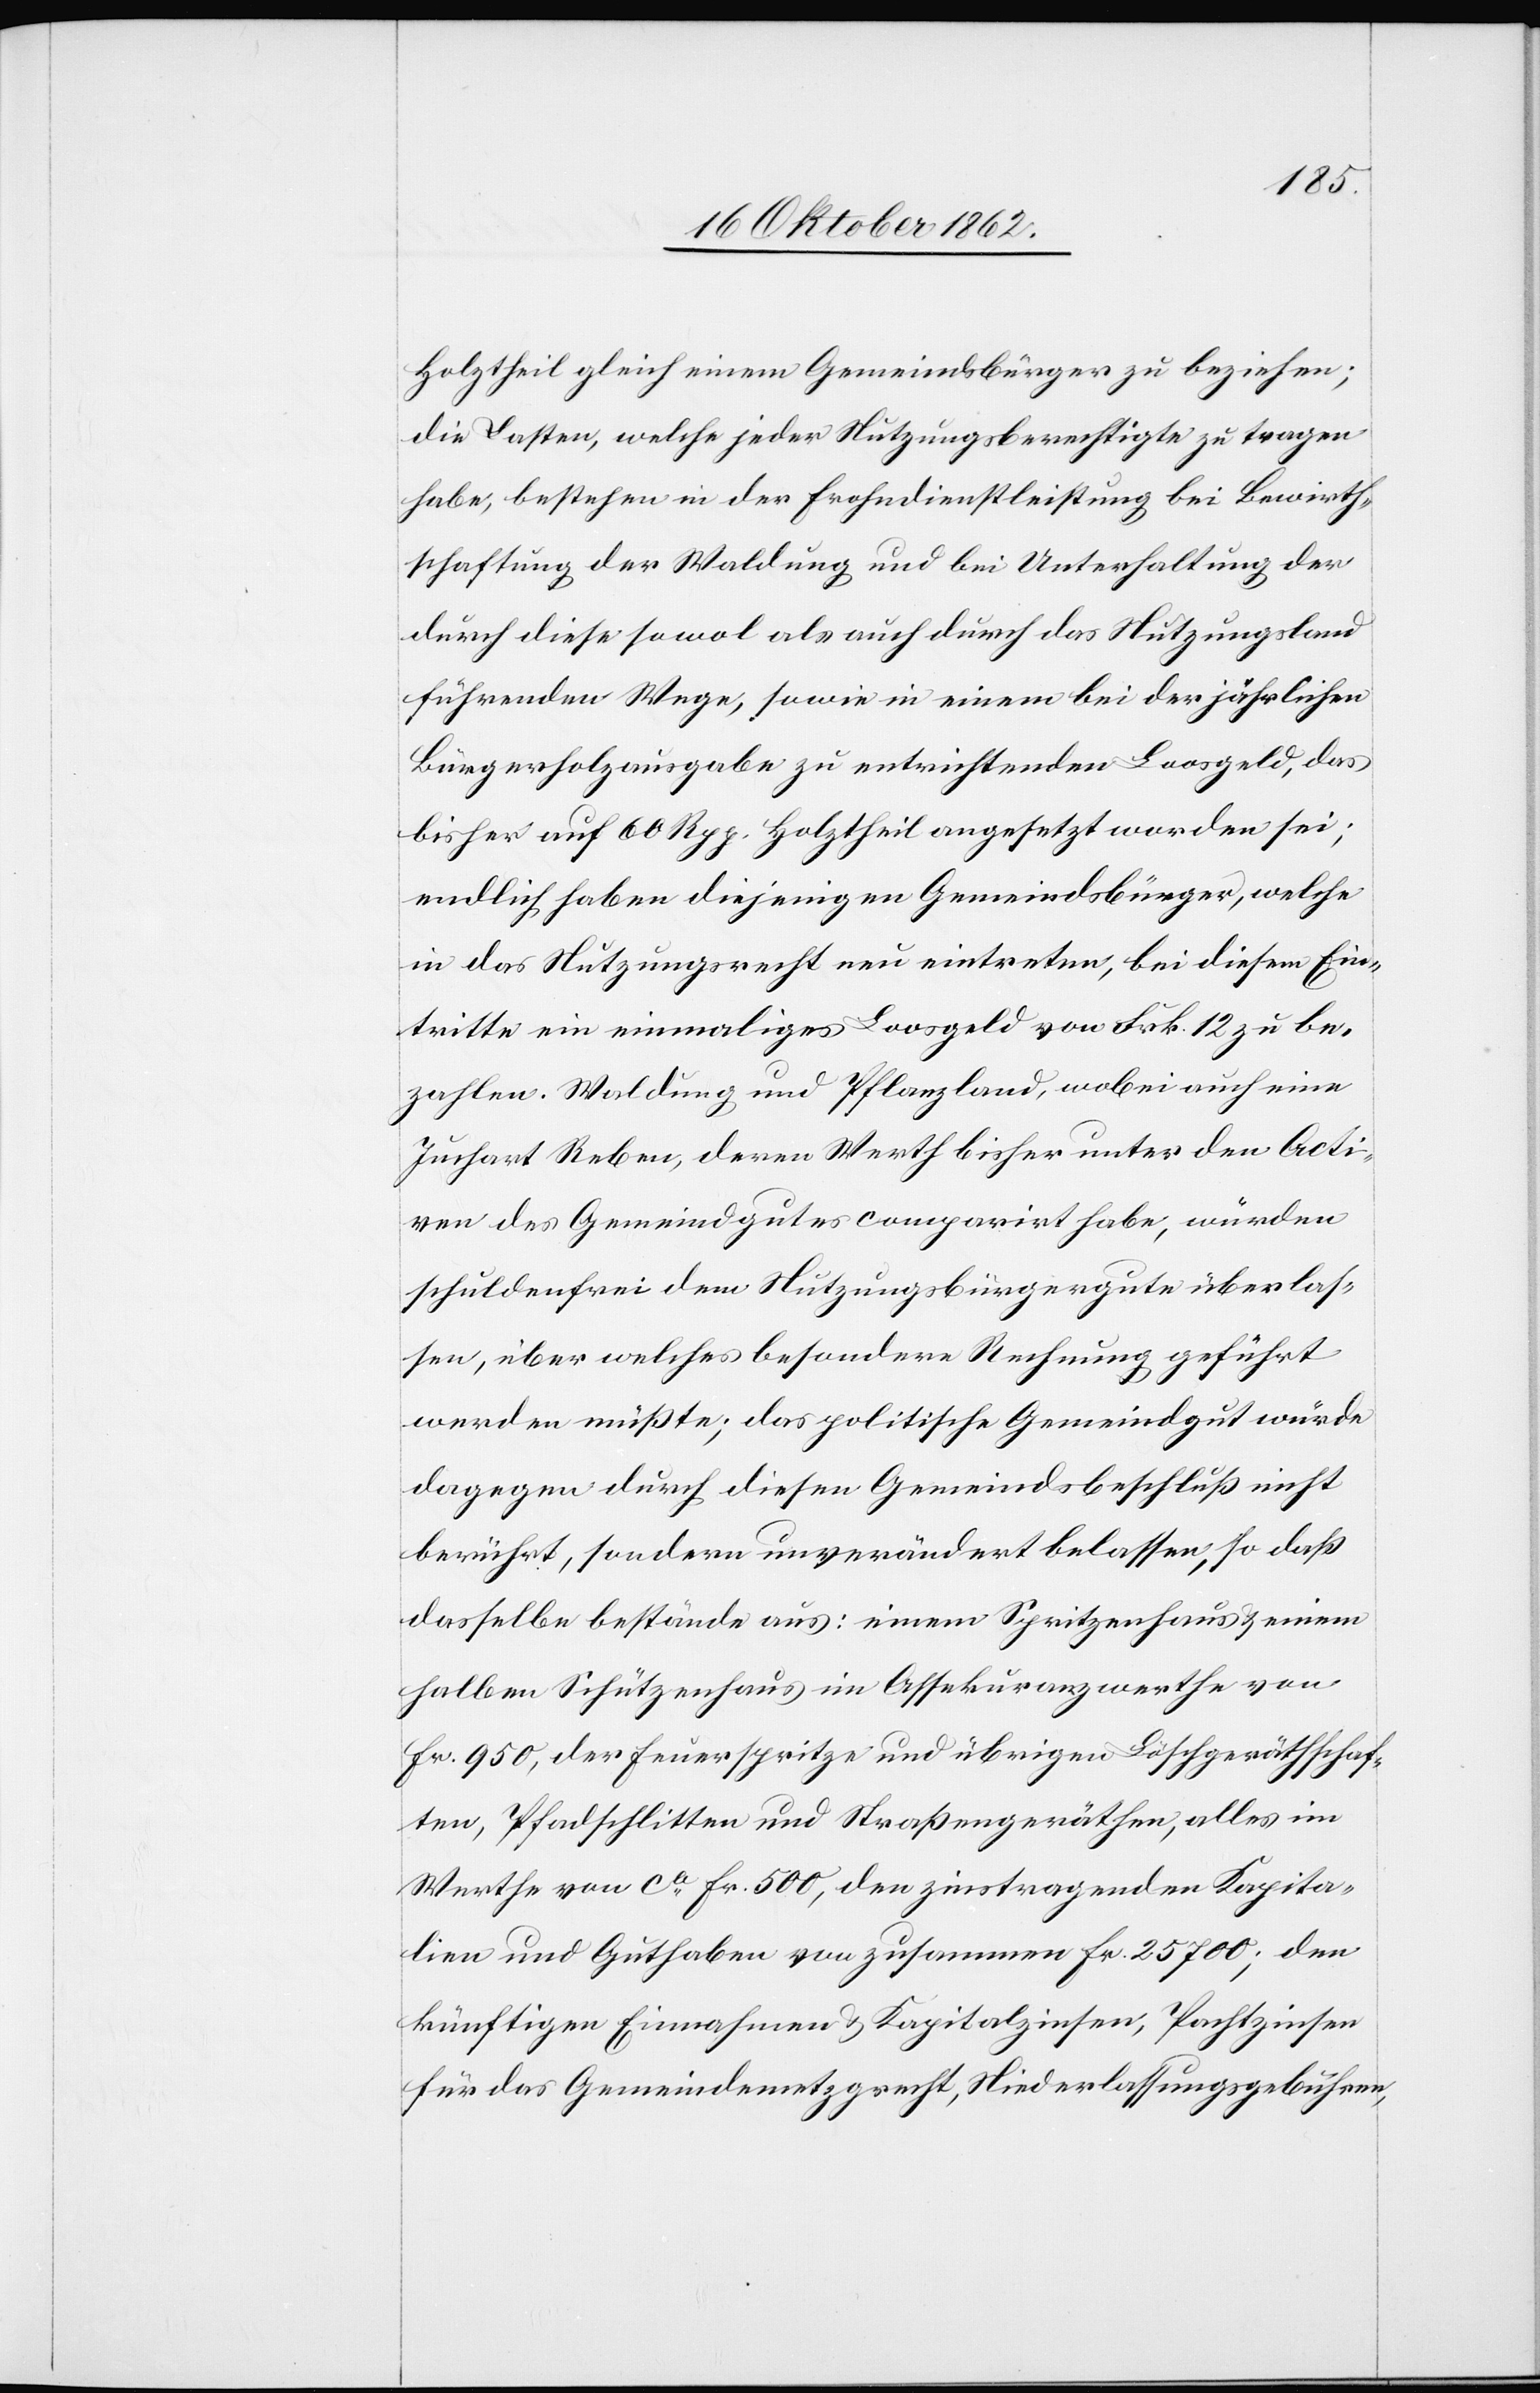
Holztheil gleich einem Gemeindsbürger zu beziehen;
die Lasten, welche jeder Nutzungsberechtigte zu tragen
habe, bestehen in der Frohndienstleistung bei Bewirth¬
schaftung der Waldung und bei Unterhaltung der
durch diese sowol als auch durch das Nutzungsland
führenden Wege, sowie in einem bei der jährlichen
Bürgerholzausgabe zu entrichtenden Loosgeld, das
bisher auf 60 Rpp. Holztheil angesetzt worden sei;
endlich haben diejenigen Gemeindsbürger, welche
in das Nutzungsrecht neu eintreten, bei diesem Ein¬
tritte ein einmaliges Loosgeld von Frk. 12 zu be¬
zahlen. Waldung und Pflanzland, wobei auch eine
Juchart Reben, deren Werth bisher unter den Acti¬
ven des Gemeindgutes comparirt habe, würden
schuldenfrei dem Nutzungsbürgergute überlas¬
sen, über welches besondere Rechnung geführt
werden müßte, das politische Gemeindgut würde
dagegen durch diesen Gemeindsbeschluß nicht
berührt, sondern unverändert belassen, so daß
dasselbe bestände aus: einem Spritzenhaus u. einem
halben Schützenhaus im Assekuranzwerthe von
Fr. 950, der Feuerspritze und übrigen Löschgerathschaf¬
ten, Pfadschlitten und Straßengeräthen, alles im
Werthe von ca Fr. 500, den zinstragenden Kapita¬
lien und Guthaben von zusammen fr. 25 700; den
künftigen Einnahmen u. Kapitalzinsen, Pachtzinsen
für das Gemeindemetzgrecht, Niederlassungsgebühren,